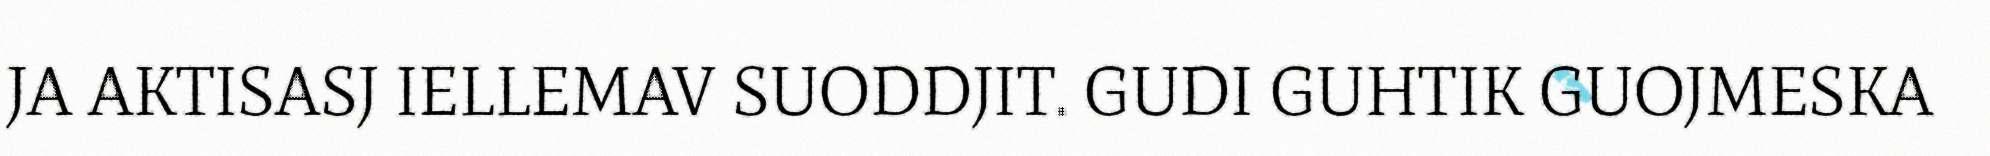
JA AKTISASJ IELLEMAV SUODDJIT. GUDI GUHTIK GUOJMESKA